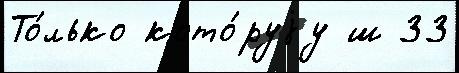
То́лько кото́руjу ш 33